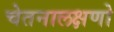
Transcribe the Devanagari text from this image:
चेतनालक्षणो